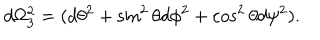
d \Omega _ { 3 } ^ { 2 } = ( d \theta ^ { 2 } + \sin ^ { 2 } \theta d \phi ^ { 2 } + \cos ^ { 2 } \theta d \psi ^ { 2 } ) .